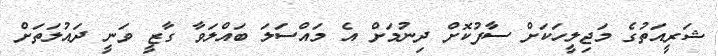
ޝަރީއަތުގެ މަޖިލީހަކަށް ސާފުކޮށް ދިނުމަށް އެ މައްސަލަ ބައްލަވާ ގާޒީ ވަނީ ދައުލަތަށް